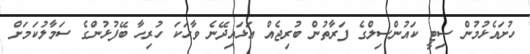
ހުށައެޅުމުން ސިޓީ ކައުންސިލްގެ ފަރާތުން ބުރިޖެއް އަޅައިދޭނެ ވާހަކަ ހުރިހާ ބޭފުޅުންގެ ސަމާލުކަމަށް